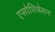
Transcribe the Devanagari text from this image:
एसोशियेसन